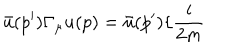
LaTeX: \bar { u } ( p ^ { \prime } ) \Gamma _ { \mu } u ( p ) = \bar { u } ( p ^ { \prime } ) \{ \frac { i } { 2 m }